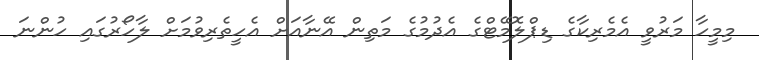
މިމީހާ މަރުވީ އެމެރިކާގެ ޑިޕްލޮމޭޓްގެ އެދުމުގެ މަތިން އޭނާއަށް އެހީތެރިވުމަށް ލާހޯރުގައި ހުންނަ